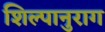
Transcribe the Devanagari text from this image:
शिल्पानुराग